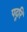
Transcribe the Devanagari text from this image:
पदूरि